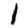
Digit: 1